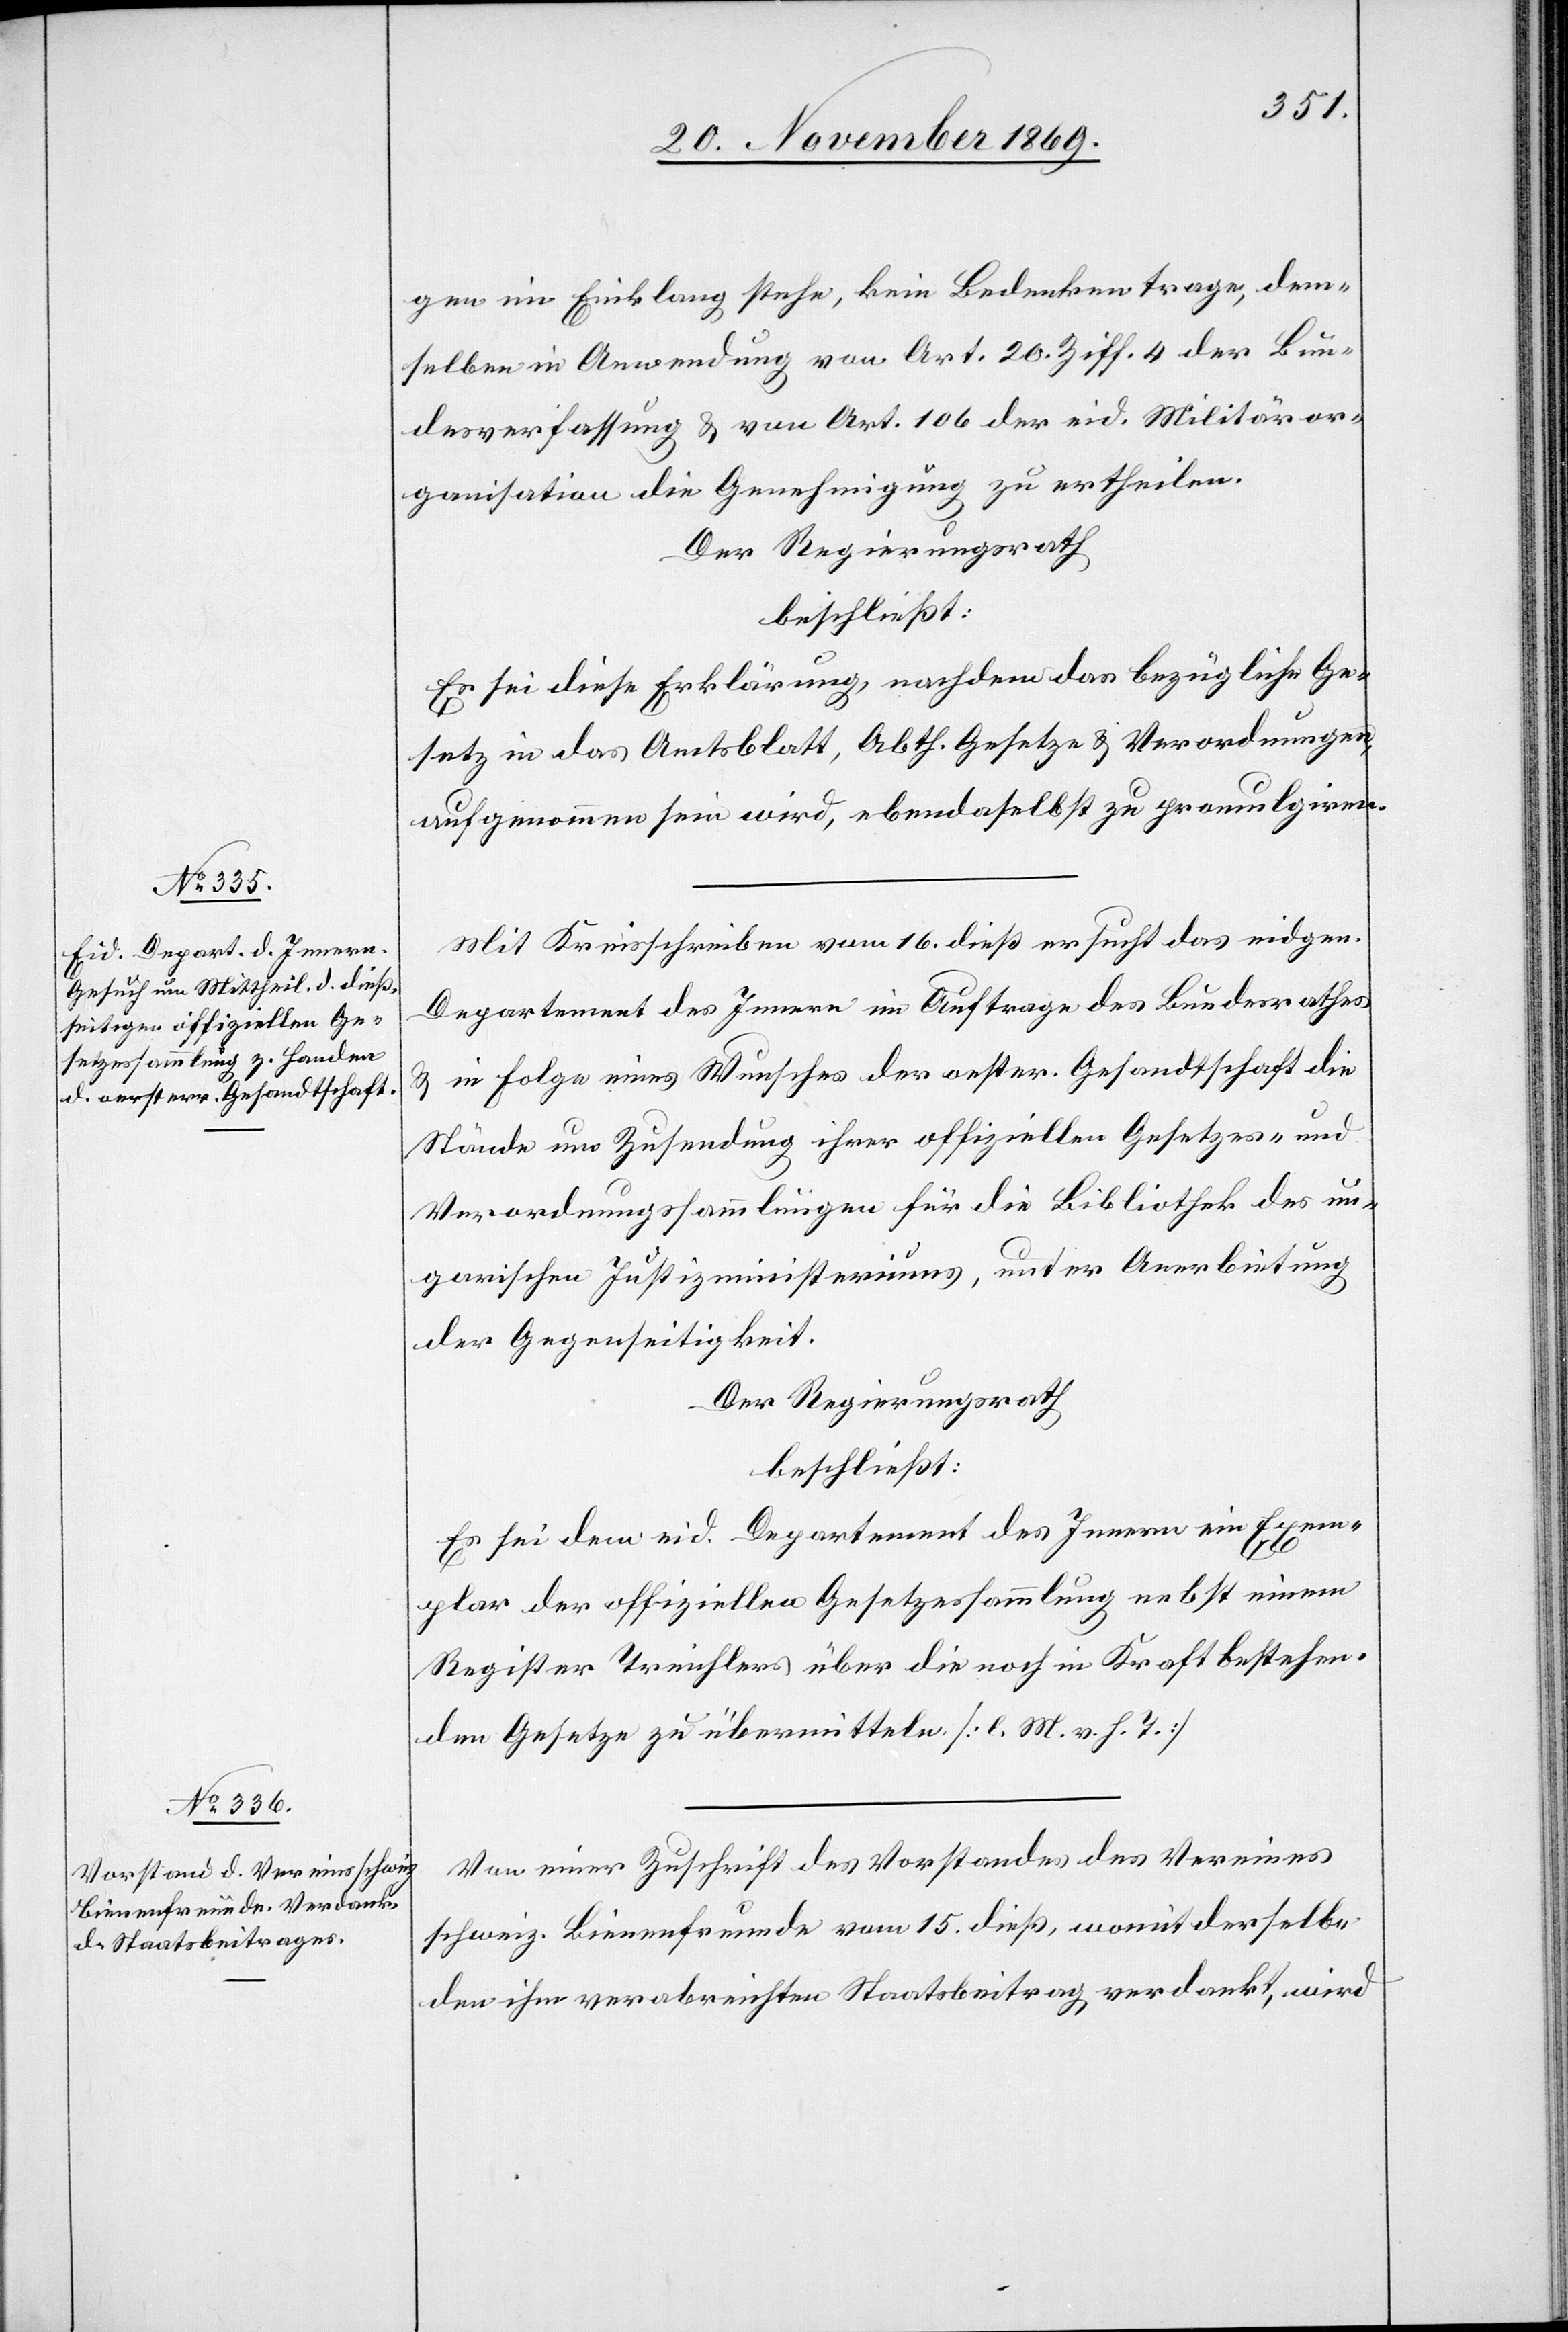
gen im Einklang stehe, kein Bedenken trage, dem¬
selben in Anwendung von Art. 20. Ziff. 4 der Bun¬
desverfassung & von Art. 106 der eid. Militäror¬
ganisation die Genehmigung zu ertheilen.
beschließt:
Es sei diese Erklärung, nachdem das bezügliche Ge¬
setz in das Amtsblatt, Abth. Gesetze & Verordnungen,
aufgenommen sein wird, ebendaselbst zu promulgiren.
Mit Kreisschreiben vom 16. dieß ersucht das eidgen.
Departement des Innern im Auftrage des Bundesrathes
& in Folge eines Wunsches der oester. Gesandtschaft die
Stände um Zusendung ihrer offiziellen Gesetzes- und
Verordnungssammlungen für die Bibliothek des un¬
garischen Justizministeriums, unter Anerbietung
der Gegenseitigkeit.
Der Regierungsrath
beschließt:
Es sei dem eid. Departement des Innern ein Exem¬
plar der offiziellen Gesetzessammlung nebst einem
Register Treichlers über die noch in Kraft bestehen¬
den Gesetze zu übermitteln. [l. M. v. h. T.]
Von einer Zuschrift des Vorstandes des Vereines
schweiz. Bienenfreunde vom 15. dieß, womit derselbe
den ihm verabreichten Staatsbeitrag verdankt, wird